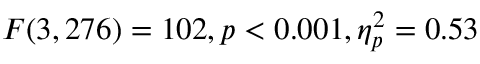
F ( 3 , 2 7 6 ) = 1 0 2 , p < 0 . 0 0 1 , \eta _ { p } ^ { 2 } = 0 . 5 3